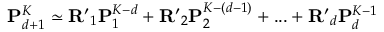
\mathbf { { P } } _ { d + 1 } ^ { K } \simeq \mathbf { { R } ^ { \prime } } _ { 1 } \mathbf { { P } } _ { 1 } ^ { K - d } + \mathbf { { R } ^ { \prime } } _ { 2 } \mathbf { { P } } _ { 2 } ^ { K - ( d - 1 ) } + . . . + \mathbf { { R ^ { \prime } } } _ { d } \mathbf { { P } } _ { d } ^ { K - 1 }